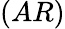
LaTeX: (AR)